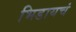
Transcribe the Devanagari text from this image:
भिडायचं